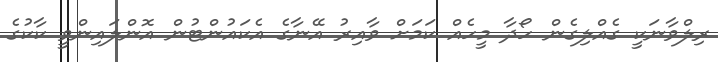
ރިލްވާނަކީ ގެއްލިގެން ހޯދާ މީހެއް ކަމަށް ވާއިރު އޭނާގެ އެކައުންޓުން އޮންލައިންވީ ކާކުގެ